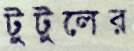
টুটুলের